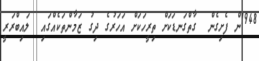
1948ން ފެށިގެން  ގާތްގަނޑަކަށް ތިރީހަކަށް އަހަރުގެ ދިގު ޒަމާންތަކެއްގައި  ލައިބްރަރީ